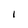
Character: 1